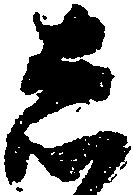
し